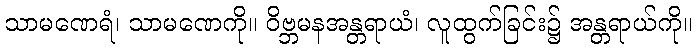
သာမဏေရံ၊ သာမဏေကို။ ဝိဗ္ဘမနအန္တရာယံ၊ လူထွက်ခြင်း၌ အန္တရာယ်ကို။